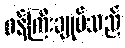
ဝန်ကြီးချုပ်သည်